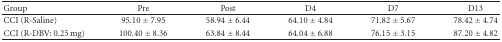
<table><thead><tr><td><b>Group</b></td><td><b>Pre</b></td><td><b>Post</b></td><td><b>D4</b></td><td><b>D7</b></td><td><b>D13</b></td></tr></thead><tbody><tr><td>CCI (R-Saline)</td><td>95.10 ± 7.95</td><td>58.94 ± 6.44</td><td>64.10 ± 4.84</td><td>71.82 ± 5.67</td><td>78.42 ± 4.74</td></tr><tr><td>CCI (R-DBV: 0.25 mg)</td><td>100.40 ± 8.36</td><td>63.84 ± 8.44</td><td>64.04 ± 6.88</td><td>76.15 ± 3.15</td><td>87.20 ± 4.82</td></tr></tbody></table>